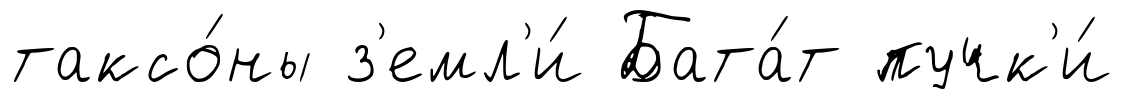
таксо́ны з'емл'и́ Бата́т пучк'и́